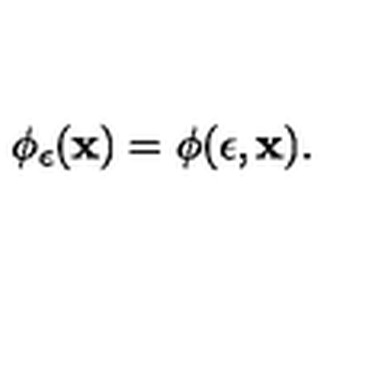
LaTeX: \phi _ { \epsilon } ( { \bf x } ) = \phi ( \epsilon , { \bf x } ) .